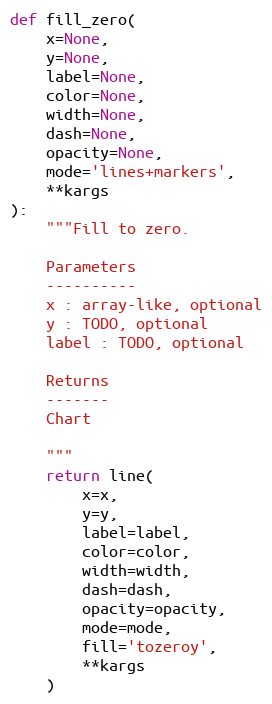
Language: Python
def fill_zero(
    x=None,
    y=None,
    label=None,
    color=None,
    width=None,
    dash=None,
    opacity=None,
    mode='lines+markers',
    **kargs
):
    """Fill to zero.

    Parameters
    ----------
    x : array-like, optional
    y : TODO, optional
    label : TODO, optional

    Returns
    -------
    Chart

    """
    return line(
        x=x,
        y=y,
        label=label,
        color=color,
        width=width,
        dash=dash,
        opacity=opacity,
        mode=mode,
        fill='tozeroy',
        **kargs
    )